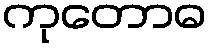
ကုတောဓ